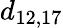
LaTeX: d_{12,17}